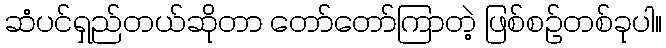
ဆံပင်ရှည်တယ်ဆိုတာ တော်တော်ကြာတဲ့ ဖြစ်စဉ်တစ်ခုပါ။